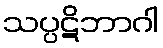
သပ္ပဋိဘာဂါ